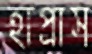
হাপ্‌রাস